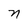
Character: n